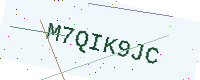
Text: M7QIK9JC